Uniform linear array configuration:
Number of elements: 32
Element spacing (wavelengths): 0.5
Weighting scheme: uniform
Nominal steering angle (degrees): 45
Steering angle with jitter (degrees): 43.395
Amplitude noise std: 0.05
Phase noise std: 0.05

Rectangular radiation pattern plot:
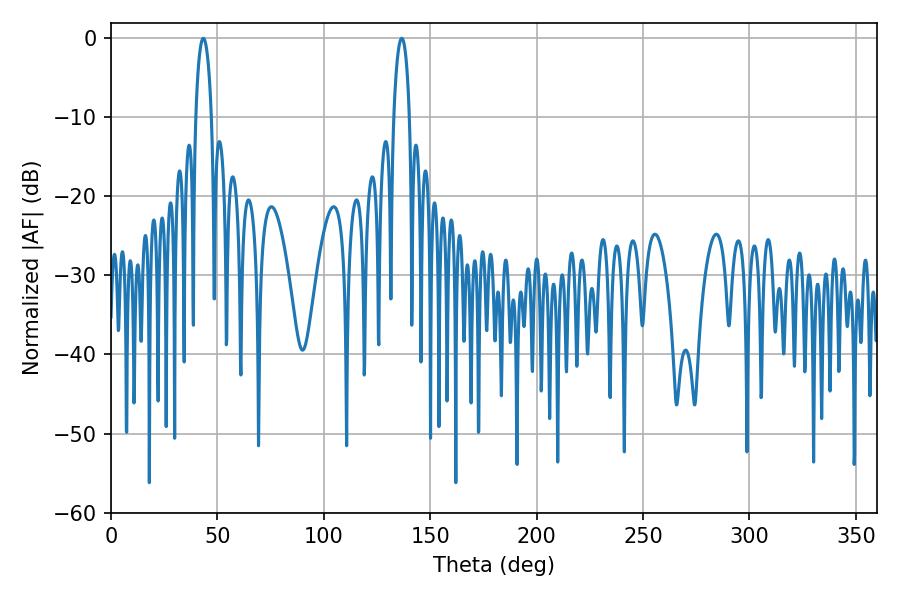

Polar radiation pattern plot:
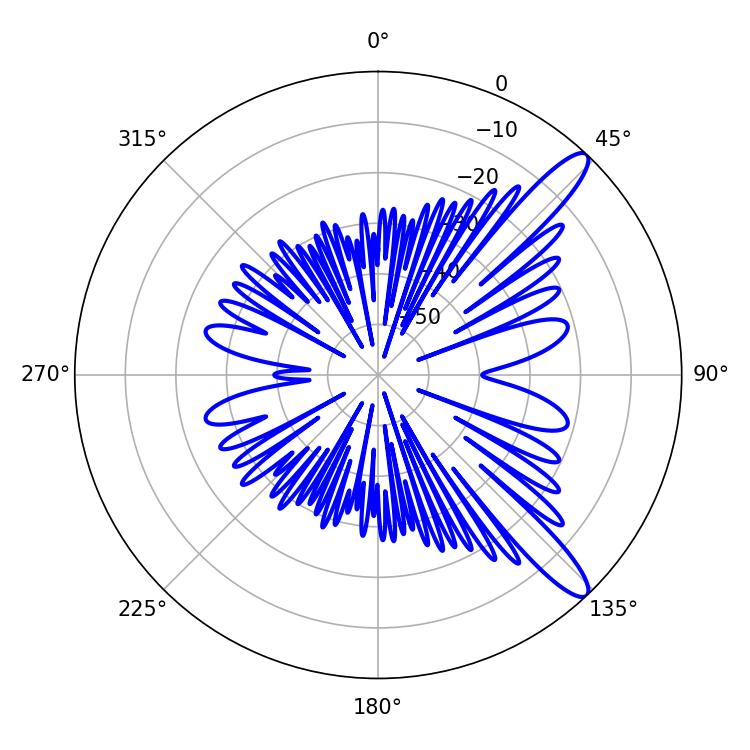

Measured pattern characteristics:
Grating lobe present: FALSE
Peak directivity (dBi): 12.331
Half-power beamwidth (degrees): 4.14
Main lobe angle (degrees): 43.38